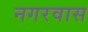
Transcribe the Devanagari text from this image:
नगरवास